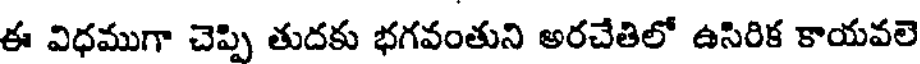
ఈ విధముగా చెప్పి తుదకు భగవంతుని అరచేతిలో ఉసిరిక కాయవలె